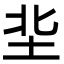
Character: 㘳